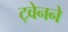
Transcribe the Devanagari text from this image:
ट्वेनने